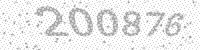
Solution: 200876